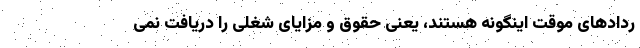
ردادهای موقت اینگونه هستند، یعنی حقوق و مزایای شغلی را دریافت نمی